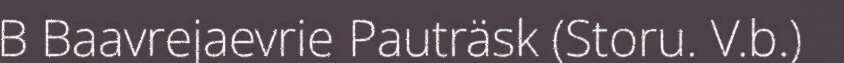
B Baavrejaevrie Pauträsk (Storu. V.b.)